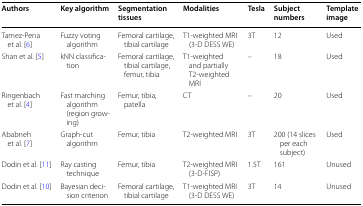
<table><thead><tr><td><b>Authors</b></td><td><b>Key algorithm</b></td><td><b>Segmentation tissues</b></td><td><b>Modalities</b></td><td><b>Tesla</b></td><td><b>Subject numbers</b></td><td><b>Template image</b></td></tr></thead><tbody><tr><td>Tamez-Pena et al. [6]</td><td>Fuzzy voting algorithm</td><td>Femoral cartilage, tibial cartilage</td><td>T1-weighted MRI (3-D DESS WE)</td><td>3T</td><td>12</td><td>Used</td></tr><tr><td>Shan et al. [5]</td><td>kNN classification</td><td>Femoral cartilage, tibial cartilage, femur, tibia</td><td>T1-weighted and partially T2-weighted MRI</td><td>–</td><td>18</td><td>Used</td></tr><tr><td>Ringenbach et al. [4]</td><td>Fast marching algorithm (region growing)</td><td>Femur, tibia, patella</td><td>CT</td><td>–</td><td>20</td><td>Used</td></tr><tr><td>Ababneh et al. [7]</td><td>Graph-cut algorithm</td><td>Femur, tibia</td><td>T2-weighted MRI</td><td>3T</td><td>200 (14 slices per each subject)</td><td>Used</td></tr><tr><td>Dodin et al. [11]</td><td>Ray casting technique</td><td>Femur, tibia</td><td>T2-weighted MRI (3-D-FISP)</td><td>1.5T</td><td>161</td><td>Unused</td></tr><tr><td>Dodin et al. [10]</td><td>Bayesian decision criterion</td><td>Femoral cartilage, tibial cartilage</td><td>T1-weighted MRI (3-D DESS WE)</td><td>3T</td><td>14</td><td>Unused</td></tr></tbody></table>